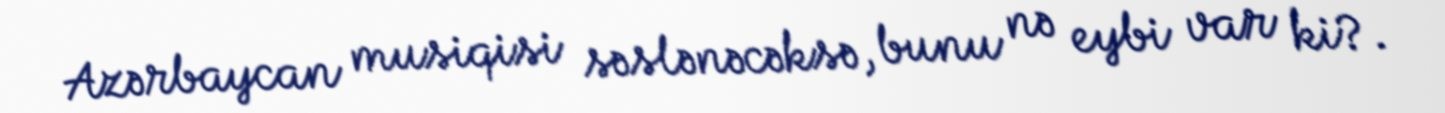
Azərbaycan musiqisi səslənəcəksə, bunu nə eybi var ki?.